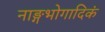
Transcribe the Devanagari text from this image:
नाङ्गभोगादिकं